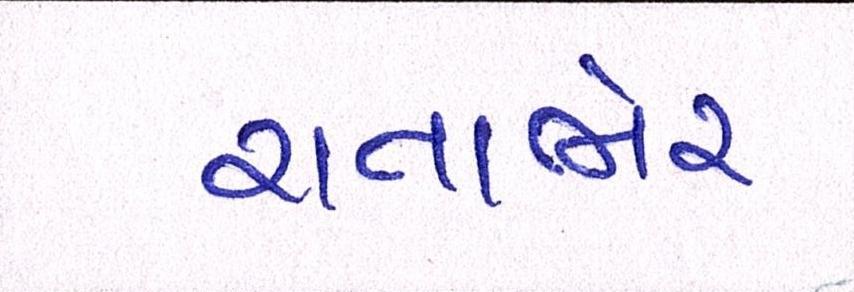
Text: રાતાભેર